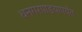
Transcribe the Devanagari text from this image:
धनगरपाडयापर्यंत